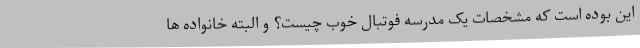
این بوده است که مشخصات یک مدرسه فوتبال خوب چیست؟ و البته خانواده ها